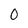
Character: O